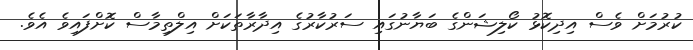
ކުރުމަށް ވެސް އިދިކޮޅު ކޯލިޝަންގެ ބަޔާނުގައި ސަރުކާރުގެ އިދާރާތަކަށް އިލްތިމާސް ކޮށްފައިވެ އެވެ.